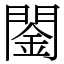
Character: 䦦